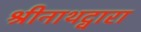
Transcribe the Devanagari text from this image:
श्रीनाथद्वारा